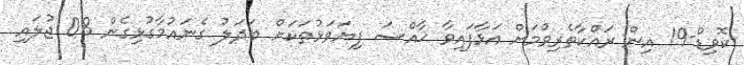
ކޮވިޑް-19 އިން ރައްކާތެރިވުމަށް އަޅާފައިވާ ޚާއްޞަ ފިޔަވަޅުތަކަށް ބަދަލު ގެނައުމާގުޅިގެން 08 ޖުލައި